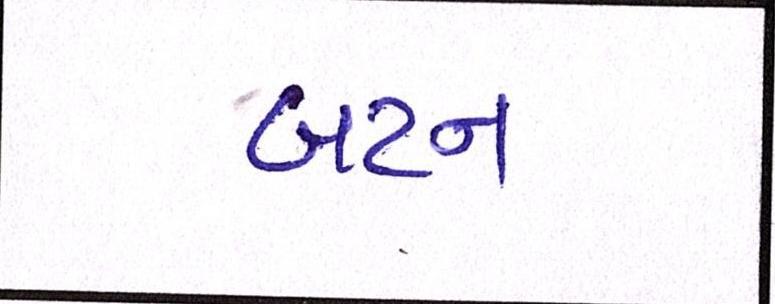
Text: બટન